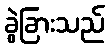
ခွဲခြားသည်